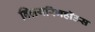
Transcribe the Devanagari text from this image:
क्लियरिंगहॉउस